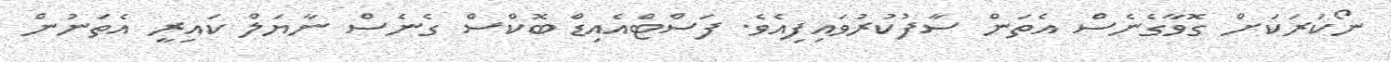
ނޯކަރަކަށް ގޮވާގެނެސް އެތަން ސާފުކުރުވައިފިއެވެ. ފަސްޓްއެއިޑް ބޮކްސް ގެނެސް ނާޔަލް ކައިރީ އެތަނުން